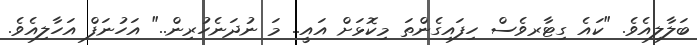
ބަލާލިއެވެ. "ކައެ ގިޓާރވެސް ހިފައިގެންތަ މިކޮޅަށް އައީ.. މަ ނުދަނެހުރިން.." އަހުނަފް އަހާލިއެވެ.